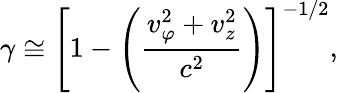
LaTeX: \gamma\cong\left[1-\left(\frac{v_{\varphi}^{2}+v_{z}^{2}}{c^{2}}\right)\right]^{-1/2},